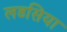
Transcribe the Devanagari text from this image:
लडसिया